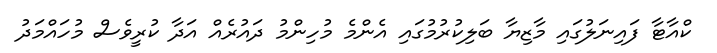
ކްއާޓާ ފައިނަލުގައި މާޒިޔާ ބަލިކުރުމުގައި އެންމެ މުހިންމު ދައުރެއް އަދާ ކުރީވެސް މުހައްމަދު